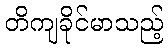
တိကျခိုင်မာသည့်